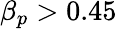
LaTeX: \beta_{p}>0.45